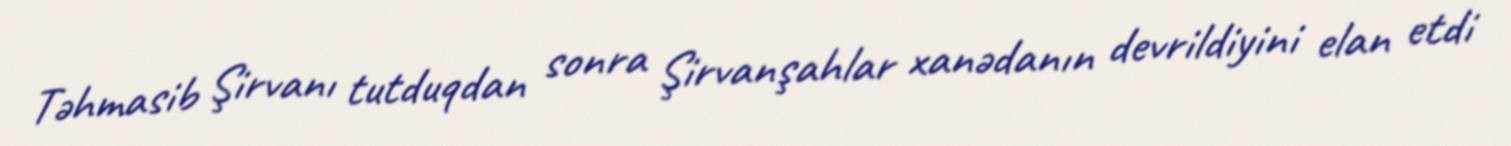
Təhmasib Şirvanı tutduqdan sonra Şirvanşahlar xanədanın devrildiyini elan etdi